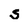
Character: 5